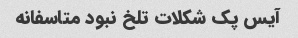
آیس پک شکلات تلخ نبود متاسفانه